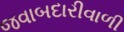
જવાબદારીવાળી